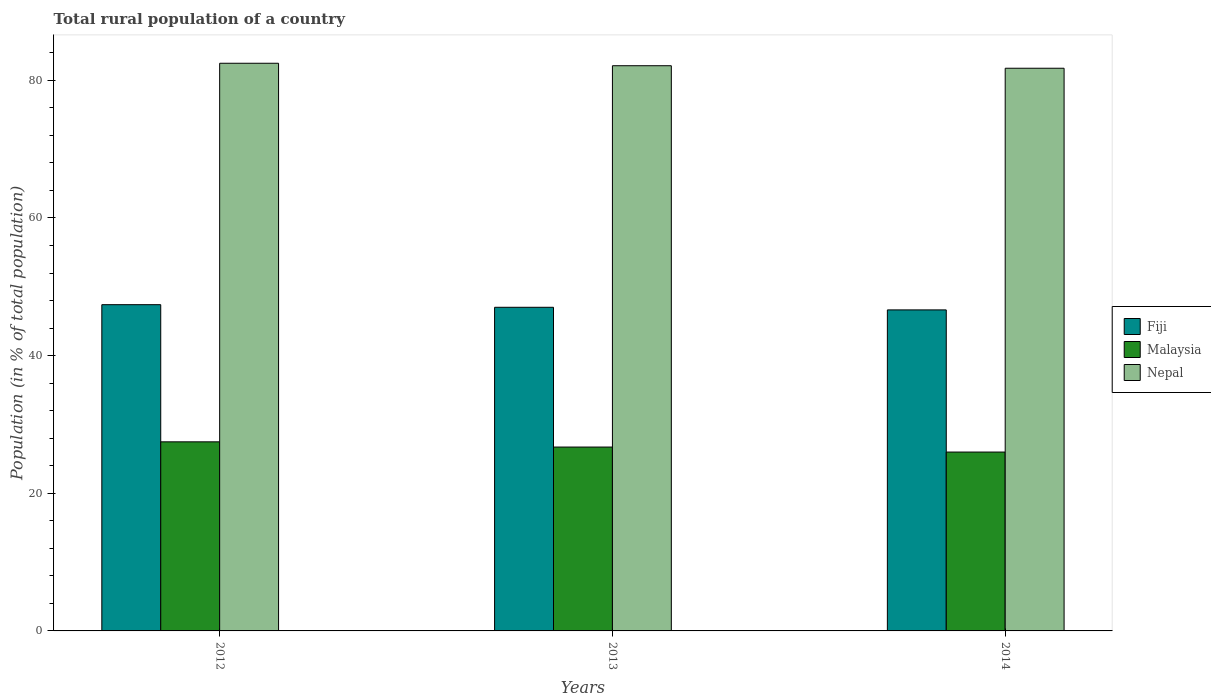
| Years | Fiji | Malaysia | Nepal |
 | --- | --- | --- | --- |
 | 2012 | 47.4 | 27.5 | 82.5 |
 | 2013 | 47 | 26.7 | 82.1 |
 | 2014 | 46.6 | 26 | 81.8 |